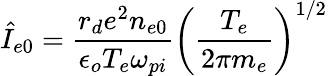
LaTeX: \hat{I}_{e0}=\frac{r_{d}e^{2}n_{e0}}{\epsilon_{o}T_{e}\omega_{pi}}\left(\frac{T_{e}}{2\pi m_{e}}\right)^{1/2}